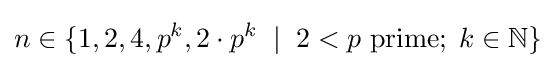
n\in \{1,2,4,p^{k},2\cdot p^{k}\;\;|\;\;2<p{\text{ prime}};\;k\in \mathbb {N} \}